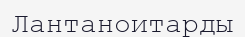
Лантаноитарды